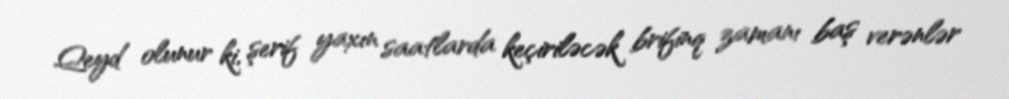
Qeyd olunur ki, şerif yaxın saatlarda keçiriləcək brifinq zamanı baş verənlər